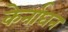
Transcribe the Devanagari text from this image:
केर्नाघन